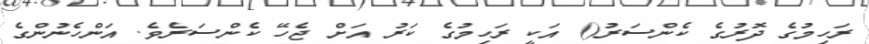
ރަހިމުގެ ދޮރުގެ ކެންސަރު() އަކީ ރަހިމުގެ ކަރު އަށް ޖެހޭ ކެންސަރެވެ. އަންހެނުންގެ